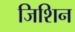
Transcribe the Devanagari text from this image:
जिशिन